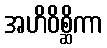
အဟိဝိစ္ဆိကာ